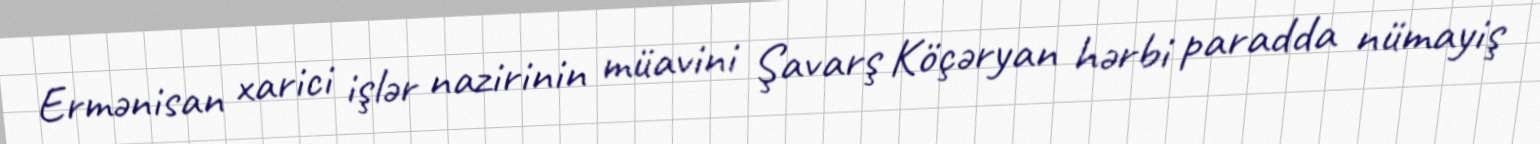
Ermənisan xarici işlər nazirinin müavini Şavarş Köçəryan hərbi paradda nümayiş